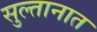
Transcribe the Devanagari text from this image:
सुल्तानात